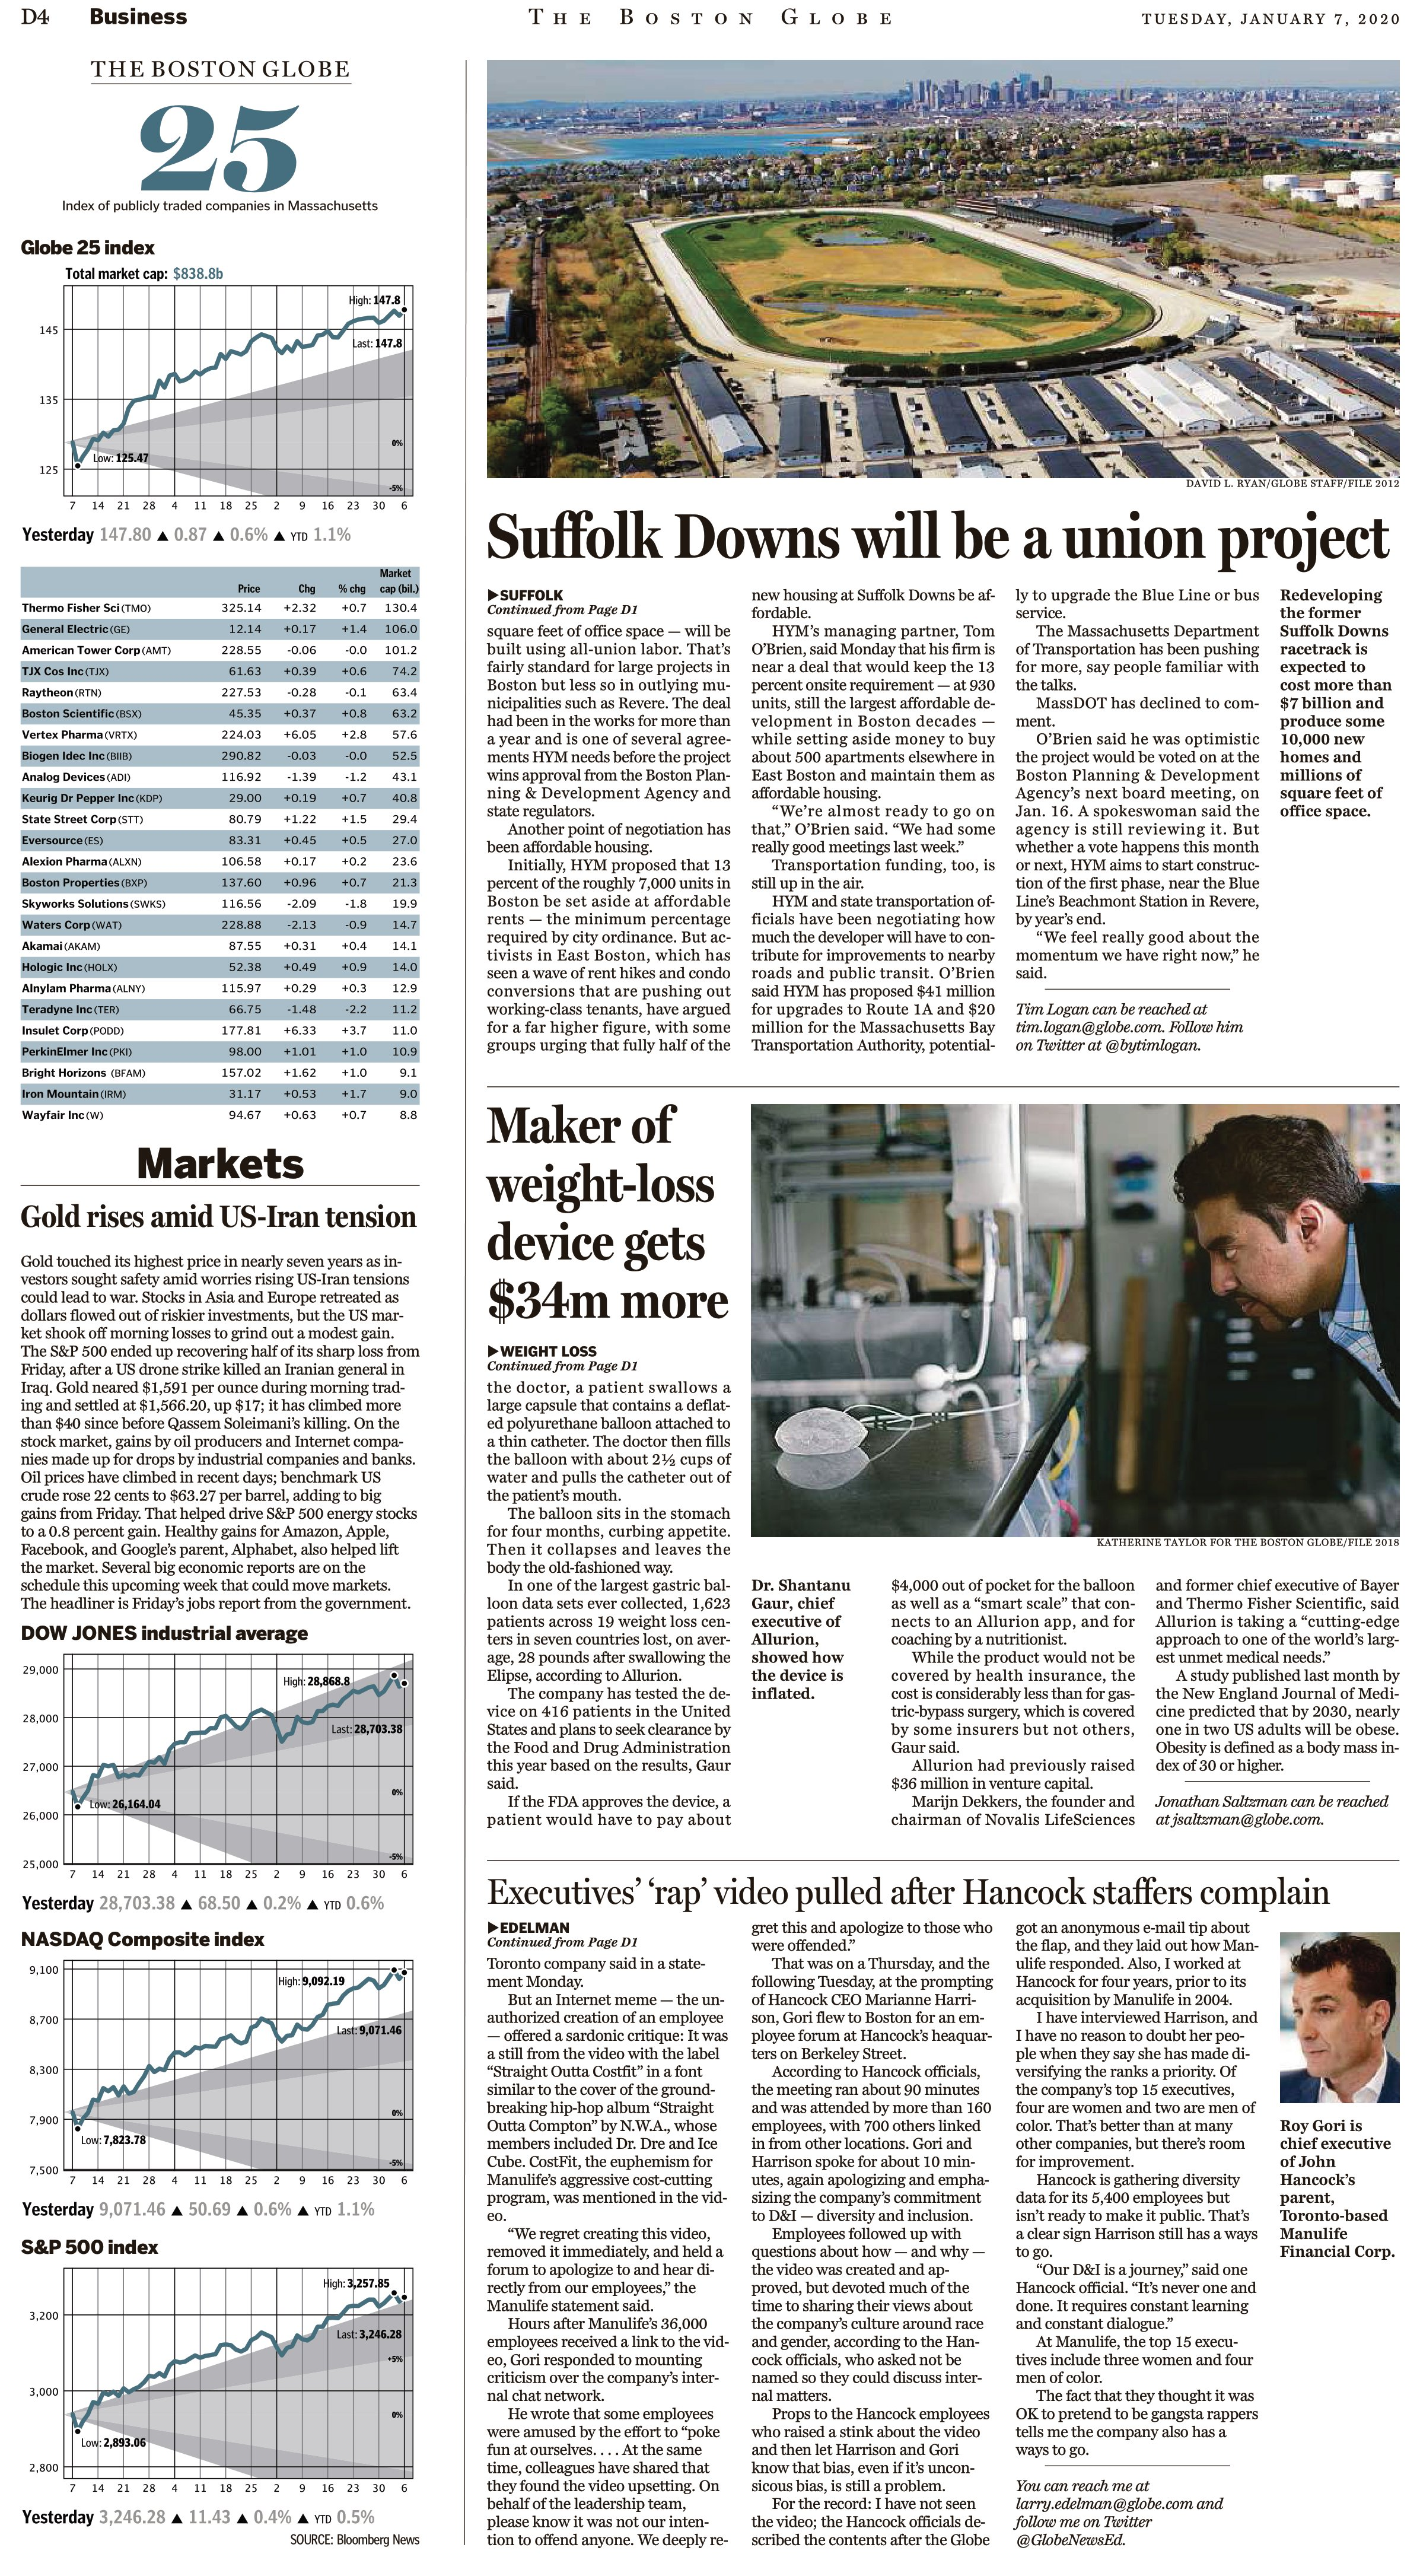
Language: en